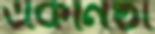
একনিষ্ঠা